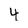
Character: 4